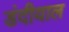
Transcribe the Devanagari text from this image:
डंदीयाल